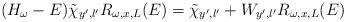
LaTeX: \begin{align*}(H_\omega-E)\tilde{\chi}_{y',l'}R_{\omega,x,L}(E)=\tilde{\chi}_{y',l'} +W_{y',l'}R_{\omega,x,L}(E)\end{align*}